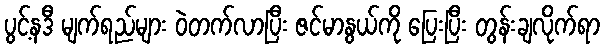
ပွင့်နဒီ မျက်ရည်များ ဝဲတက်လာပြီး ဇင်မာနွယ်ကို ပြေးပြီး တွန်းချလိုက်ရာ